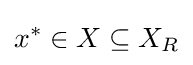
x^{*}\in X\subseteq X_{R}